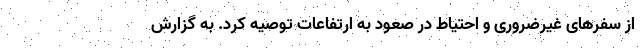
از سفرهای غیرضروری و احتیاط در صعود به ارتفاعات توصیه کرد. به گزارش